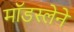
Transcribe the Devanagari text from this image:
मॉडस्लेने